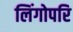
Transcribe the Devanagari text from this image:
लिंगोपरि